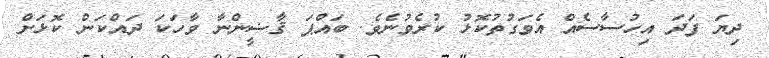
ދިޔަ ފަދަ އިހުސާސެއް އެވަގުތުކޮޅު ކުރެވުނެވެ. ބައްޕަ ޤާޟީންނާ ވާހަކަ ދައްކަން ކޮޅަށް